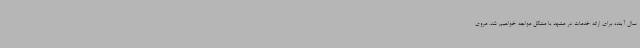
سال آینده برای ارائه خدمات در مشهد با مشکل مواجه خواهیم شد. مروی